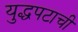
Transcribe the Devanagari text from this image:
युद्धपटाची